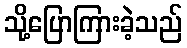
သို့ပြောကြားခဲ့သည်